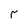
Character: r